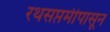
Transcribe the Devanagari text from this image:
रथसप्तमीपासून